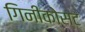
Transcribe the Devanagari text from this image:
गिनीकोस्ट